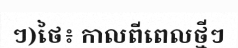
ៗ)ថៃ៖ កាលពីពេលថ្មីៗ